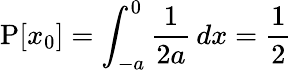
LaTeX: \operatorname{P}[x_{0}]=\int_{-a}^{0}{\frac{1}{2a}}\, dx={\frac{1}{2}}